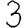
Digit: 3